Trukikaitis_Postimees, lk 15
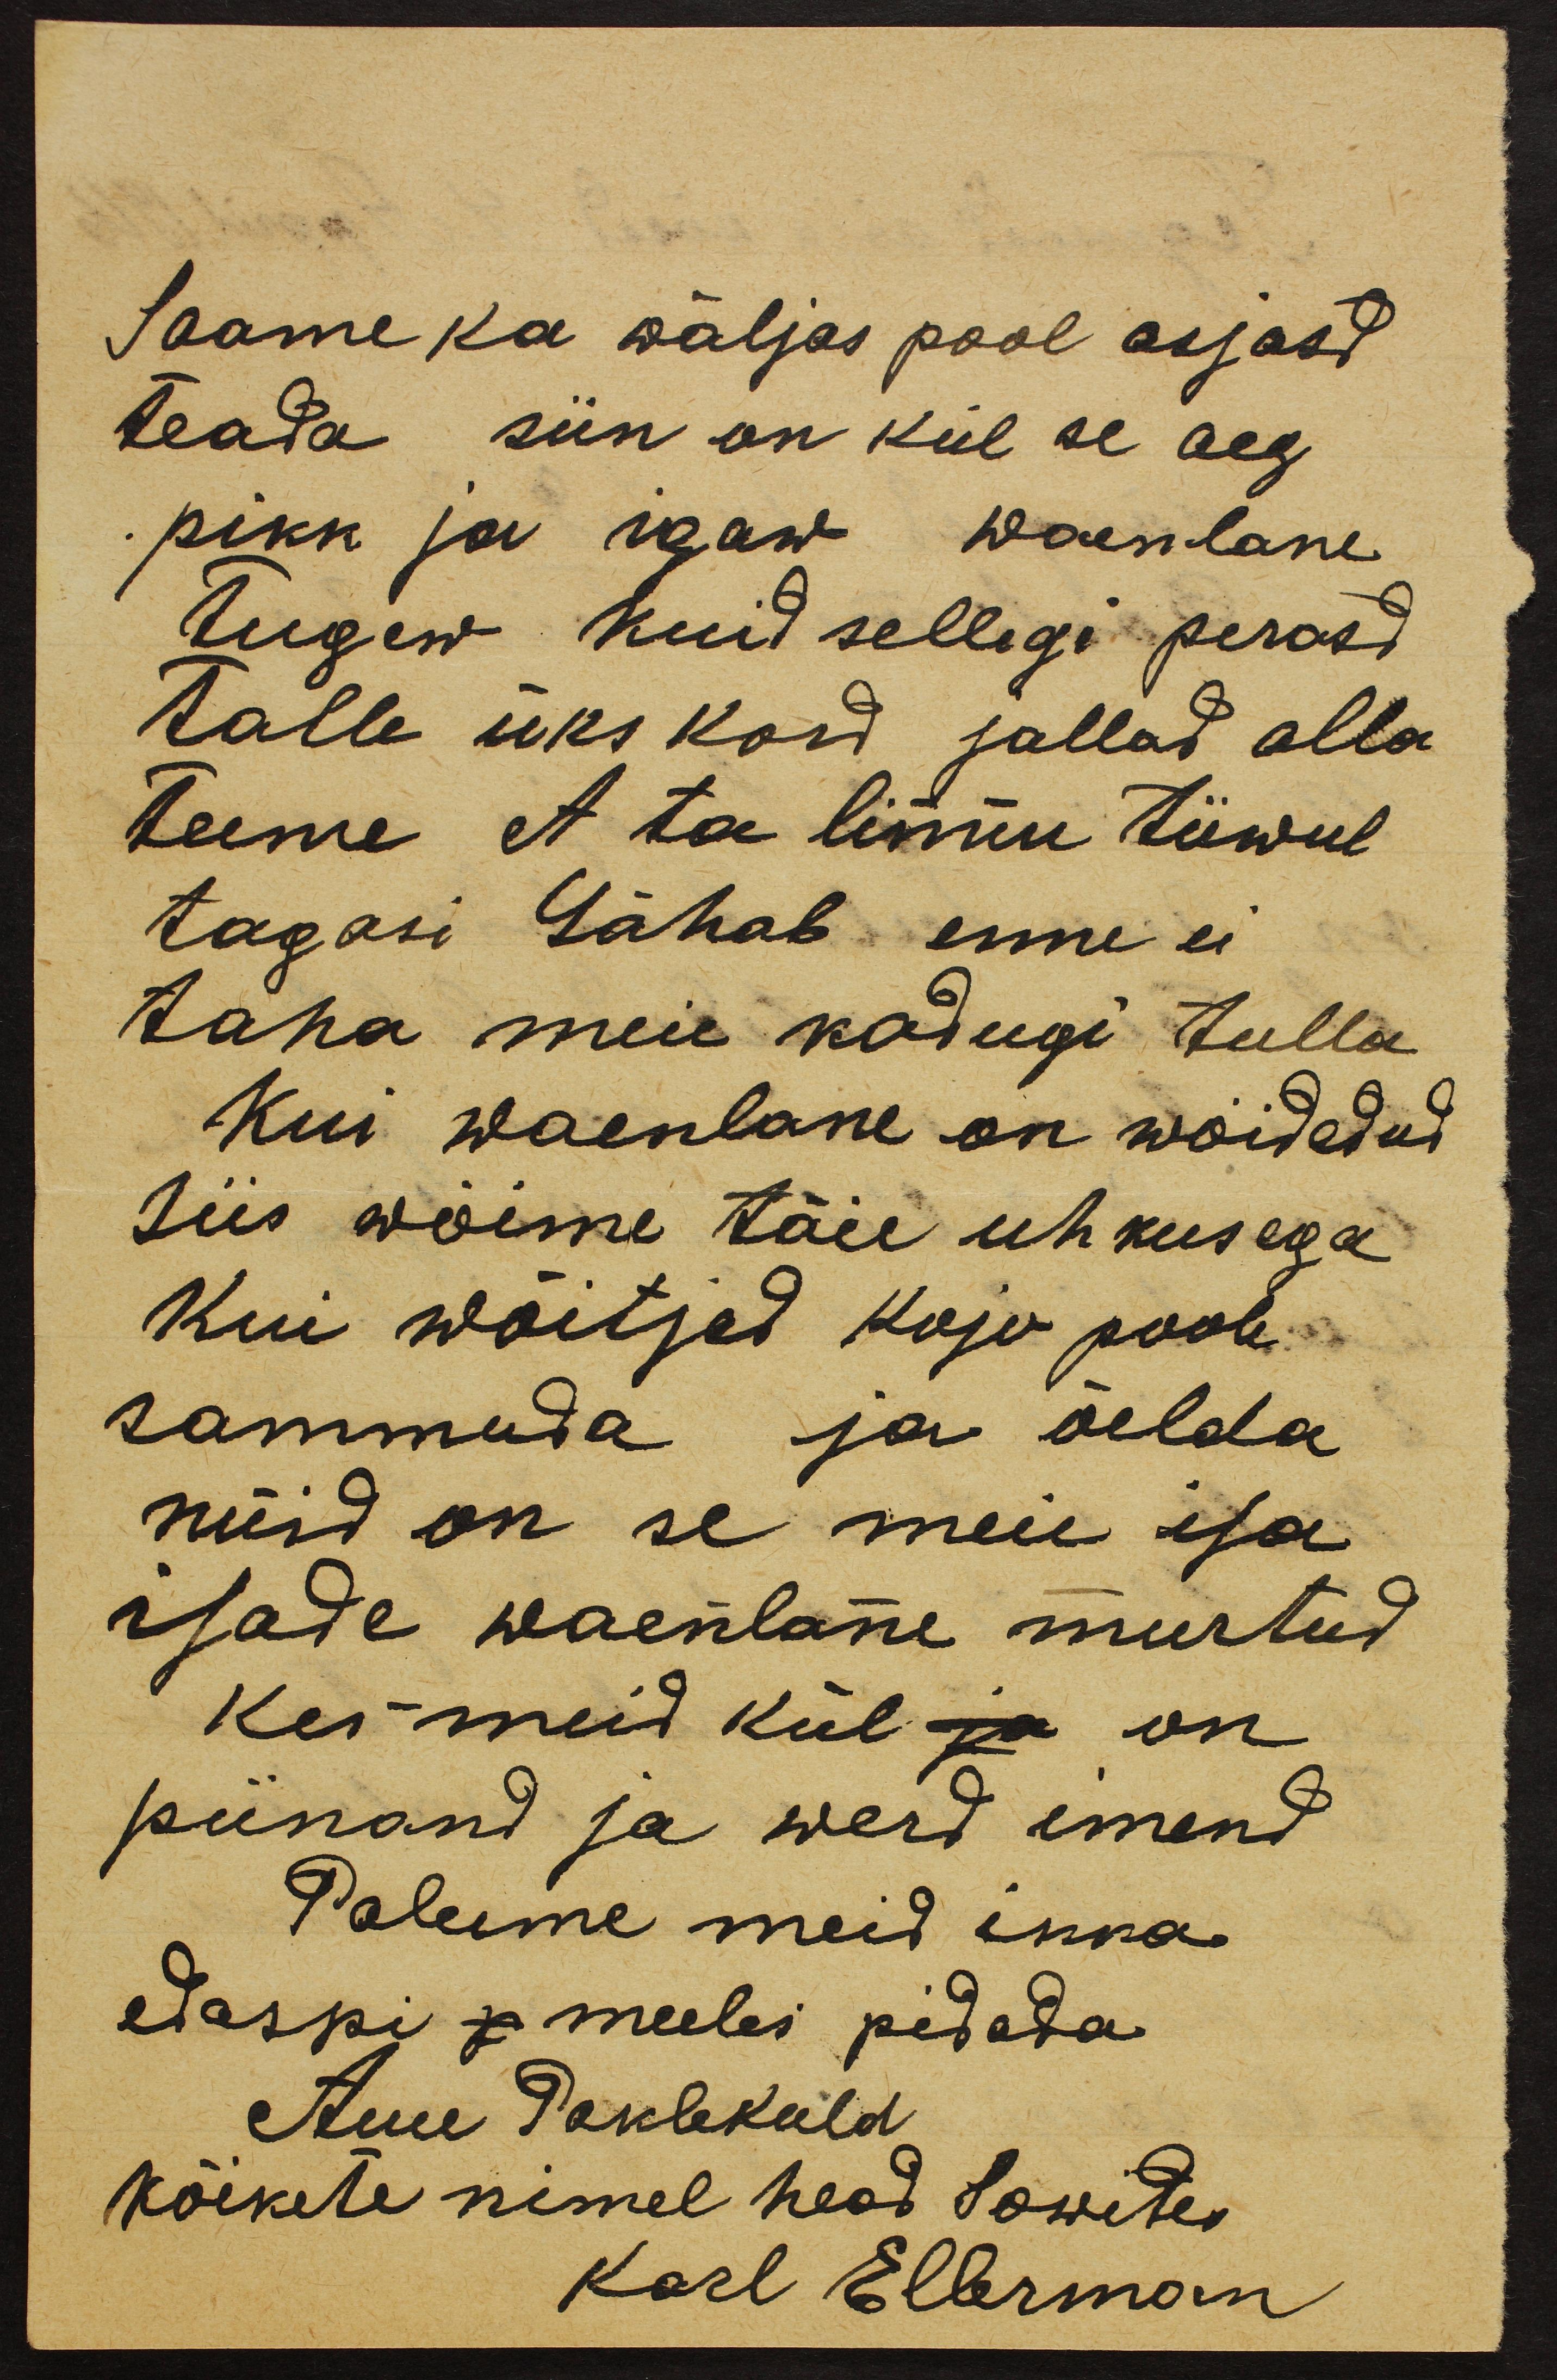
Saame ka wäljas pool asjasd
teada siin on kül se aeg
pikk ja igaw waenlane
tugew kuid sellegi perast
talle üks kord jallad alla
teeme et ta linnu tiiwul
tagasi lähab enne ei
taha meie kodugi tulla,
kui waenlane on wõidedud
Siis wõime täie uhkusega
Kui wõitjad koju poole
sammuda ja öelda
nüid on se meie isa
isade waenlane murtud
Kes meid kül ja on
piinand ja werd imend
Palume meid ikka
edaspi p meeles pidada
Auu Paklekuld
kõikete nimel head Sowides
Karl Ellerman